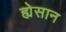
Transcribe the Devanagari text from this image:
ह्येसान